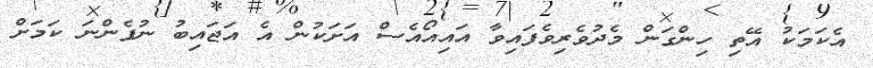
އެކަމަކު އޭތި ހިންގަން މެދުވެރިވެފައިވާ އައިއޯއެސް އަށަކުން އެ އަޖައިބު ނުފެންނަ ކަމަށް